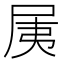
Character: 𡱐